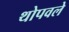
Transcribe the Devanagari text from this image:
थोपवले